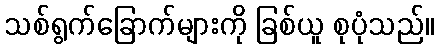
သစ်ရွက်ခြောက်များကို ခြစ်ယူ စုပုံသည်။